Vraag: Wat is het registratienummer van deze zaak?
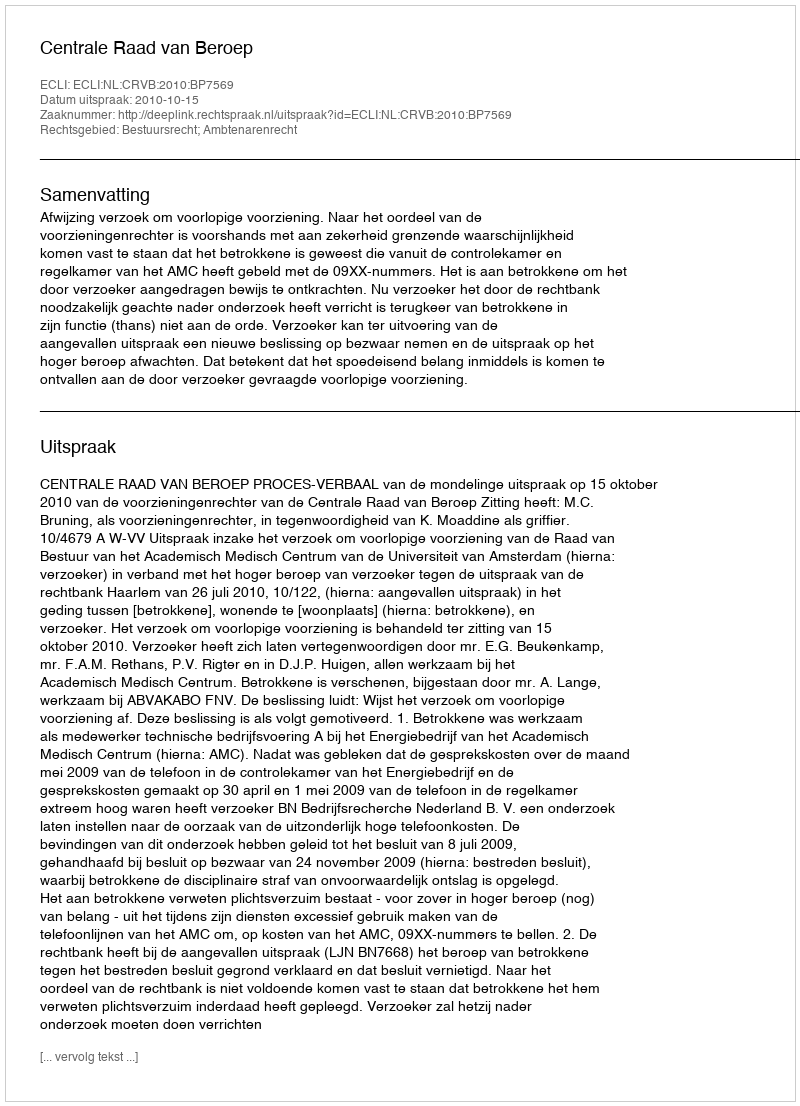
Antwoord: http://deeplink.rechtspraak.nl/uitspraak?id=ECLI:NL:CRVB:2010:BP7569